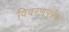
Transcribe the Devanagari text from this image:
विवरणपूर्वक